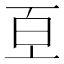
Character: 𭽈